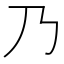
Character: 乃